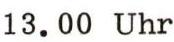
13.00 Uhr